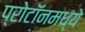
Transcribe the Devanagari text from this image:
प्रोटॉनमध्ये